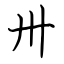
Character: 卅